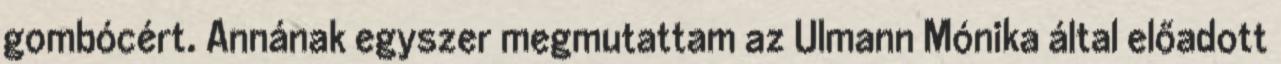
gombócért. Annának egyszer megmutattam az Ulmann Mónika által előadott